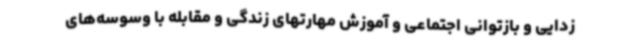
زدایی و بازتوانی اجتماعی و آموزش مهارتهای زندگی و مقابله با وسوسه‌های